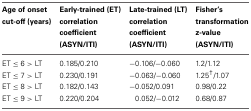
| Age of onset cut-off (years) | Early-trained (ET) correlation coefficient (ASYN/ITI) | Late-trained (LT) correlation coefficient (ASYN/ITI) | Fisher's transformation z-value (ASYN/ITI) |
 | --- | --- | --- | --- |
 | ET ≤ 6 > LT | 0.185/0.210 | −0.106/−0.060 | 1.2/1.12 |
 | ET ≤ 7 > LT | 0.230/0.191 | −0.063/−0.060 | 1.25†/1.07 |
 | ET ≤ 8 > LT | 0.182/0.143 | −0.052/0.091 | 0.98/0.22 |
 | ET ≤ 9 > LT | 0.220/0.204 | 0.052/−0.012 | 0.68/0.87 |